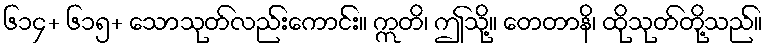
၆၁၄+ ၆၁၅+ သောသုတ်လည်းကောင်း။ ဣတိ၊ ဤသို့။ တေတာနိ၊ ထိုသုတ်တို့သည်။